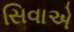
સિવાએ